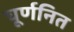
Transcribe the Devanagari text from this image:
घूर्णनित